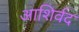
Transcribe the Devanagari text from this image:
आशिर्वद